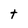
Character: t